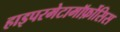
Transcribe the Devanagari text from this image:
हाइपरमेटामॉर्फ़ोसिस